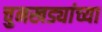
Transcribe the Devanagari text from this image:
चुनखड्यांच्या